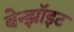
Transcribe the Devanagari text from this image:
बेन्झॉइट